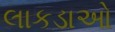
લાકડાઓ